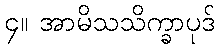
၄။ အာမိသသိက္ခာပုဒ်